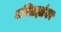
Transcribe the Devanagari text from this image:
गणितज्ञांवर